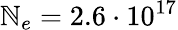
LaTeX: \mathbb{N}_{e}=2.6\cdot10^{17}